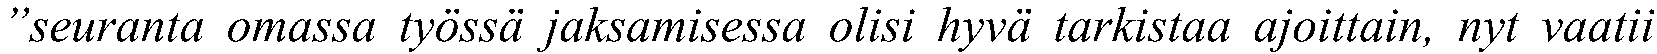
”seuranta omassa työssä jaksamisessa olisi hyvä tarkistaa ajoittain, nyt vaatii